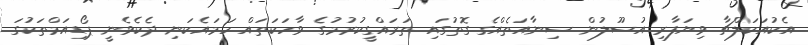
އެކުއަކަލްޗާ ވިޔަފާރި އުސޫލުން ސިނާއަތެއްގެ ގޮތުގައި ތަރައްގީކުރުމުގެ ވާހަކަތައް ހަމައެކަނި ދެކެވެނީ ޕޯޑިއަމްތަކުގަ